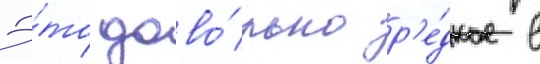
Э́то дово́льно р'е́дкое в